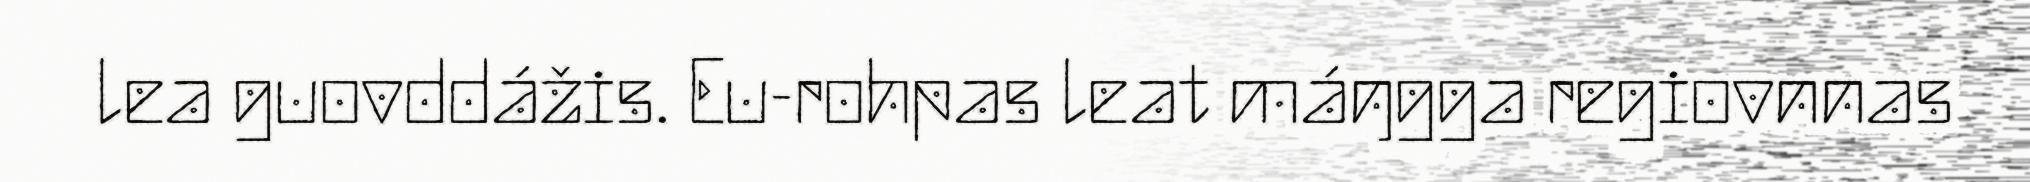
lea guovddážis. Eu-rohpas leat máŋgga regiovnnas